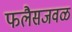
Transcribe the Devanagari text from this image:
फलैसजवळ